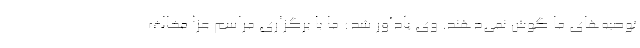
توصیه‌های ما گوش نمی‌دهند. وی یادآور شد: ما با برگزاری مراسم عزا مخالف